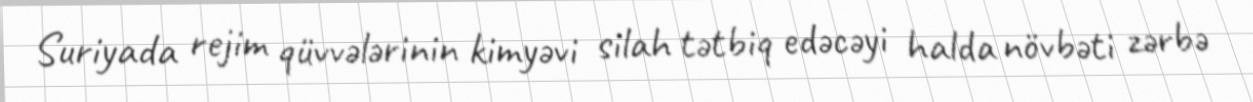
Suriyada rejim qüvvələrinin kimyəvi silah tətbiq edəcəyi halda növbəti zərbə